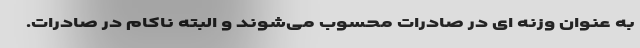
به عنوان وزنه ای در صادرات محسوب می‌شوند و البته ناکام در صادرات.